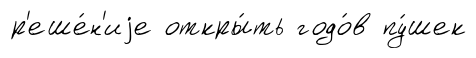
р'еше́н'иjе откры́ть годо́в пу́шек